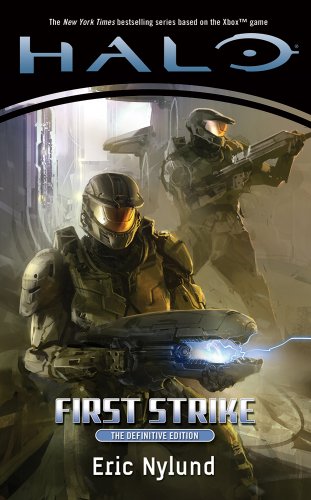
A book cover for Halo: First Strike; Eric Nylund; Science Fiction & Fantasy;